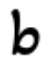
b